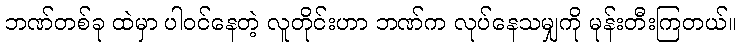
ဘဏ်တစ်ခု ထဲမှာ ပါဝင်နေတဲ့ လူတိုင်းဟာ ဘဏ်က လုပ်နေသမျှကို မုန်းတီးကြတယ်။